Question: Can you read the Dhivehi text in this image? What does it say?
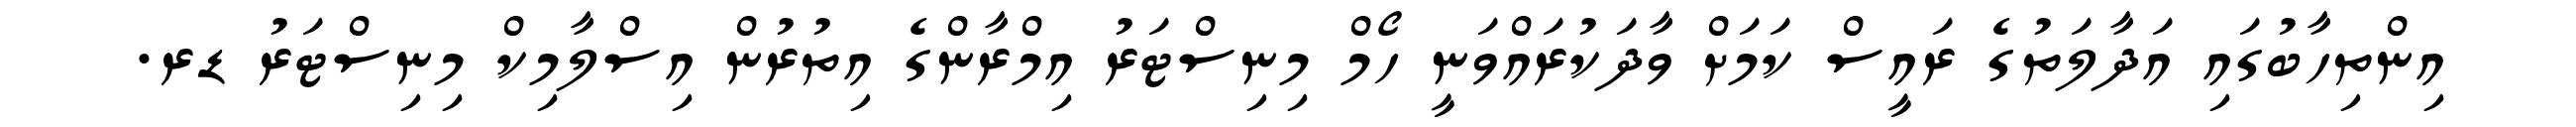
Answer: އިންތިހާބުގައި އަދާލަތުގެ ރައީސް ކަމަށް ވާދަކުރައްވަނީ ހޯމް މިނިސްޓަރު އިމްރާންގެ އިތުރުން އިސްލާމިކް މިނިސްޓަރު ޑރ.